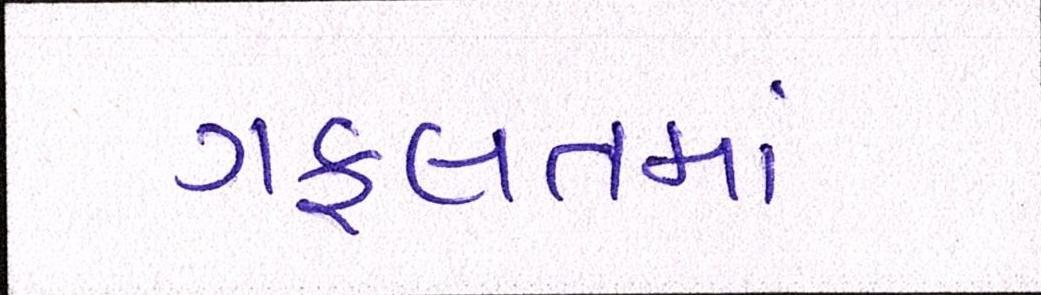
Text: ગફલતમાં